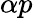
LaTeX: \alpha p